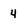
Character: 4